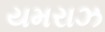
યમરાઝ